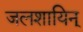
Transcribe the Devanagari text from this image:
जलशायिन्